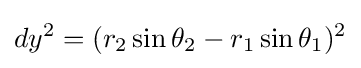
dy^{2}=(r_{2}\sin \theta _{2}-r_{1}\sin \theta _{1})^{2}